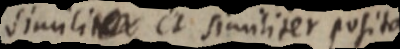
similit _ et similiter posita